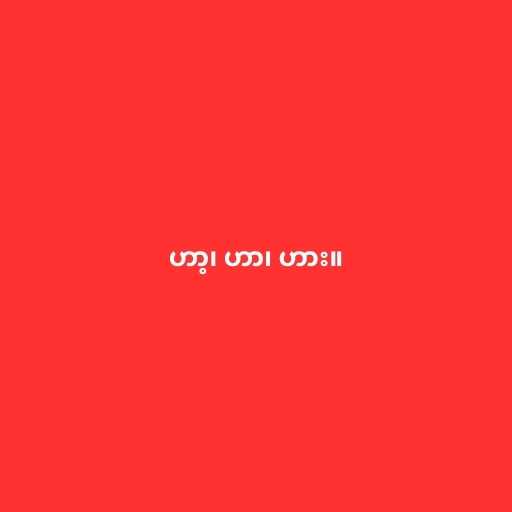
ဟာ့၊ ဟာ၊ ဟား။